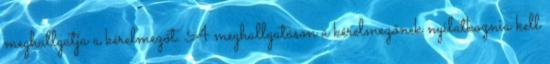
meghallgatja a kérelmezőt. A meghallgatáson a kérelmezőnek nyilatkoznia kell